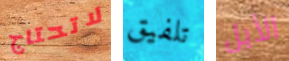
لاتحتاج تلفيق الأيل